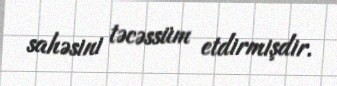
sahəsini təcəssüm etdirmişdir.